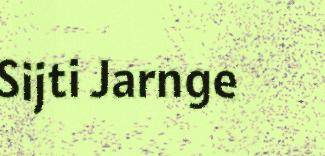
Sijti Jarnge